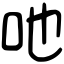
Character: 吔